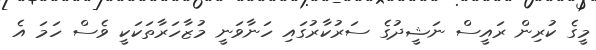
މީގެ ކުރިން ރައީސް ނަޝީދުގެ ސަރުކާރުގައި ހަނާވަނީ މުޒާހަރާތަކަކީ ވެސް ހަމަ އެ